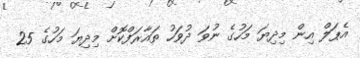
އެޕަލް އިން މިދިޔަ މަހުގެ ނުވަ ދުވަހު ތައާރަފްކޮށް މިދިޔަ މަހުގެ 25